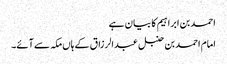
احمد بن ابراہیم کا بیان ہے
امام احمد بن حنبل عبدالرزاق کے ہاں مکہ سے آئے۔